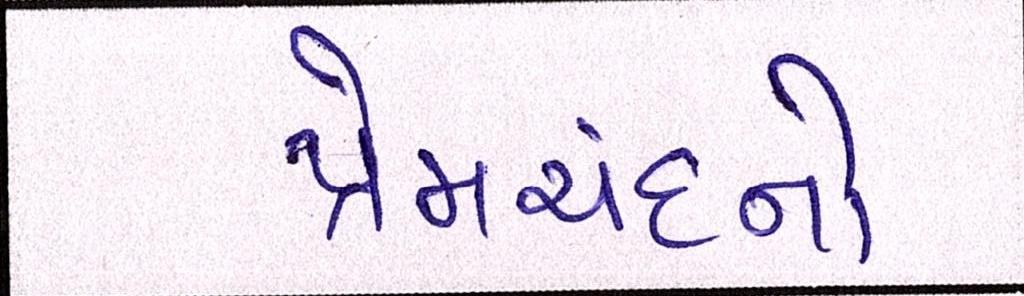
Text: પ્રેમચંદનો